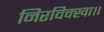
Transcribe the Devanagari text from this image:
निरविक्खा।।